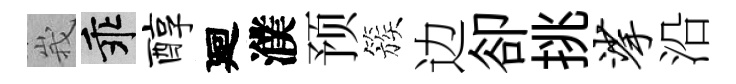
峩乖醇廻濮预簇边卻挑挲沿